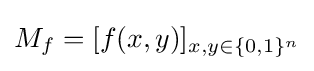
M_{f}=[f(x,y)]_{x,y\in \{0,1\}^{n}}